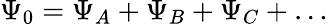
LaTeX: \Psi_{0}=\Psi_{A}+\Psi_{B}+\Psi_{C}+\ldots